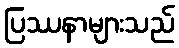
ပြဿနာများသည်